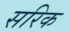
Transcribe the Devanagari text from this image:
सरिक